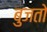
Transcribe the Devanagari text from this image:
बुजतो